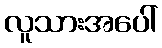
လူသားအပေါ်